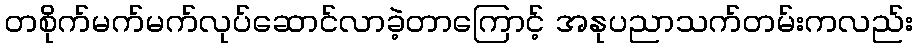
တစိုက်မက်မက်လုပ်ဆောင်လာခဲ့တာကြောင့် အနုပညာသက်တမ်းကလည်း